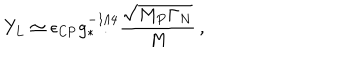
Y _ { L } \simeq \epsilon _ { \mathrm { C P } } g _ { * } ^ { - 1 / 4 } \frac { \sqrt { M _ { P } \Gamma _ { N } } } { M } \, ,